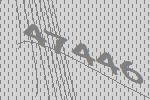
47446